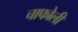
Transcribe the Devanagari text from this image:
चाफोली